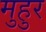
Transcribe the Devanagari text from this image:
मुहुर